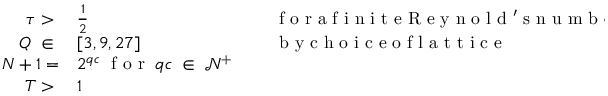
\begin{array} { r l r l } { \tau > \; } & { { } \frac { 1 } { 2 } } & { \; } & { { } \mathrm { ~ f ~ o ~ r ~ a ~ f ~ i ~ n ~ i ~ t ~ e ~ R ~ e ~ y ~ n ~ o ~ l ~ d ~ ' ~ s ~ n ~ u ~ m ~ b ~ e ~ r ~ } } \\ { Q \; \in \; } & { { } [ 3 , 9 , 2 7 ] } & { \; } & { { } \mathrm { ~ b ~ y ~ c ~ h ~ o ~ i ~ c ~ e ~ o ~ f ~ l ~ a ~ t ~ t ~ i ~ c ~ e ~ } } \\ { N + 1 = } & { { } 2 ^ { q c } \; \mathrm { ~ f ~ o ~ r ~ } \; q c \; \in \; \mathcal { N } ^ { + } } \\ { T > \; } & { { } 1 } \end{array}